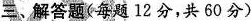
三、解答题(每题12分，共60分)